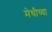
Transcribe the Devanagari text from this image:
मेथीच्या